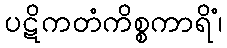
ပဋိကတံကိစ္စကာရိံ၊